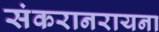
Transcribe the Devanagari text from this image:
संकरानरायना